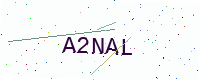
Text: A2NAL